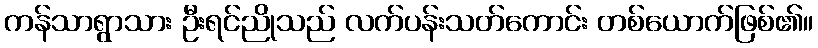
ကန်သာရွာသား ဦးရင်ညိုသည် လက်ပန်းသတ်ကောင်း တစ်ယောက်ဖြစ်၏။